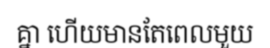
គ្នា ហើយមានតែពេលមួយ